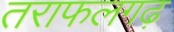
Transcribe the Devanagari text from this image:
तराफलगढ़